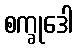
စက္ခုဒေါ